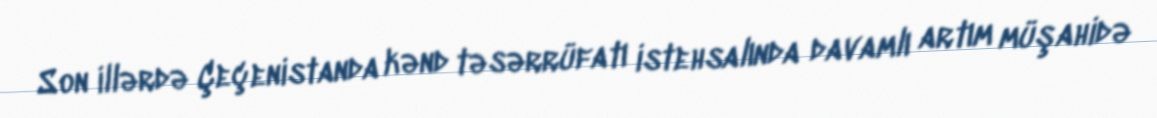
Son illərdə Çeçenistanda kənd təsərrüfatı istehsalında davamlı artım müşahidə